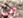
إلى